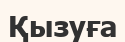
Қызуға